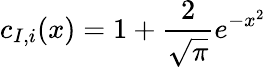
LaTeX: c_{I,i}(x)=1+\frac{2}{\sqrt{\pi}}e^{-x^{2}}